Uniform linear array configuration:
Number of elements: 8
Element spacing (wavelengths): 0.75
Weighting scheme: blackman
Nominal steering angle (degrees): -60
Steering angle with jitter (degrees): -60.821
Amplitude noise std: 0.05
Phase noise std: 0.05

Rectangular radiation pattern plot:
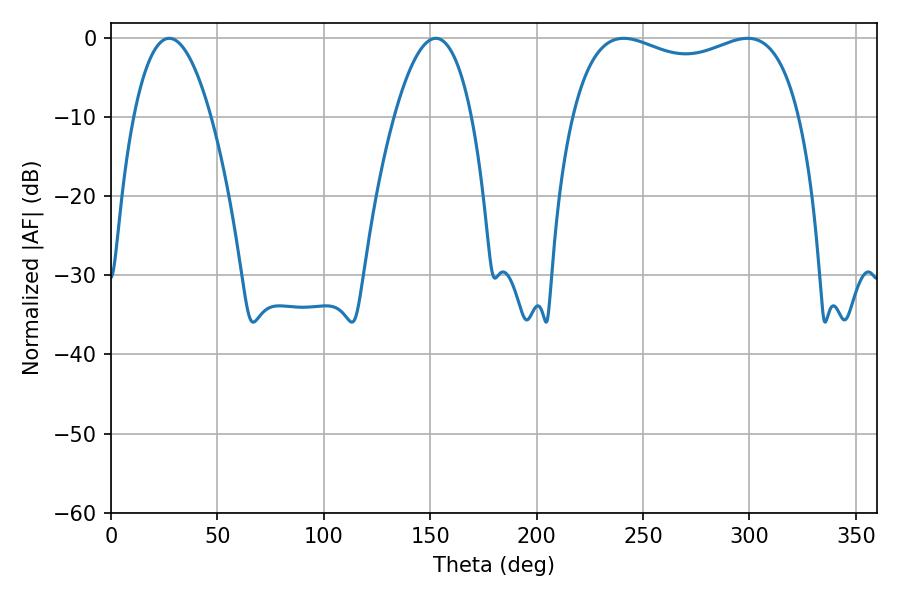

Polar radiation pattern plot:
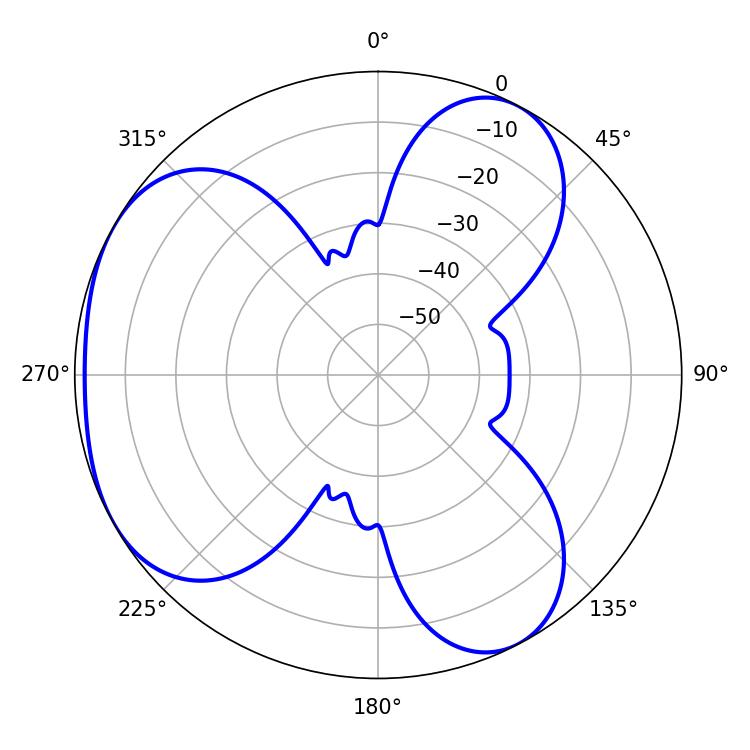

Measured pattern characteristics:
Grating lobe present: TRUE
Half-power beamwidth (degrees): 19.98
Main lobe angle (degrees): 27.36